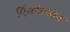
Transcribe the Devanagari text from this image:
पिंगजियांग